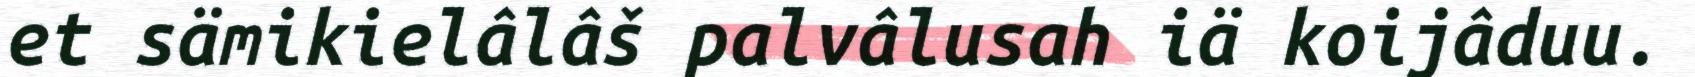
et sämikielâlâš palvâlusah iä koijâduu.